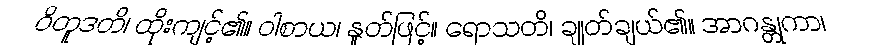
ဝိတူဒတိ၊ ထိုးကျင့်၏။ ဝါစာယ၊ နှုတ်ဖြင့်။ ရောသတိ၊ ချုတ်ချယ်၏။ အာဂန္တုကာ၊